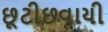
છૂટીછવાયી